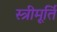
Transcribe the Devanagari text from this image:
स्त्रीमूर्ति